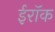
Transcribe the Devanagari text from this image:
ईरॉक